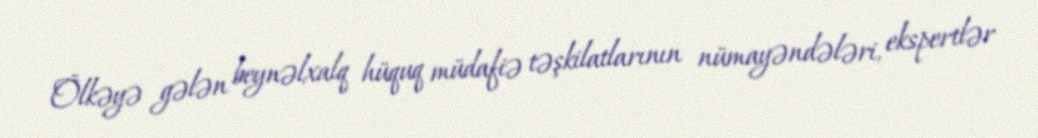
Ölkəyə gələn beynəlxalq hüquq müdafiə təşkilatlarının nümayəndələri, ekspertlər